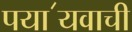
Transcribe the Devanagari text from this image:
पया॔यवाची